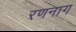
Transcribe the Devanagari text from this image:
रणनाग